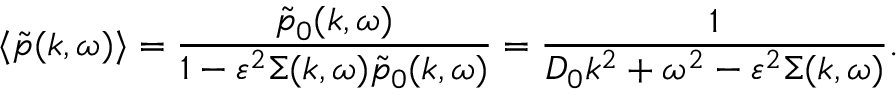
\langle \tilde { p } ( k , \omega ) \rangle = \frac { \tilde { p } _ { 0 } ( k , \omega ) } { 1 - \varepsilon ^ { 2 } \Sigma ( k , \omega ) \tilde { p } _ { 0 } ( k , \omega ) } = \frac { 1 } { D _ { 0 } k ^ { 2 } + \omega ^ { 2 } - \varepsilon ^ { 2 } \Sigma ( k , \omega ) } .